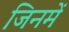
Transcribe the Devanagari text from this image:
जिनमें